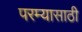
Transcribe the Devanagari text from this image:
परम्यासाठी